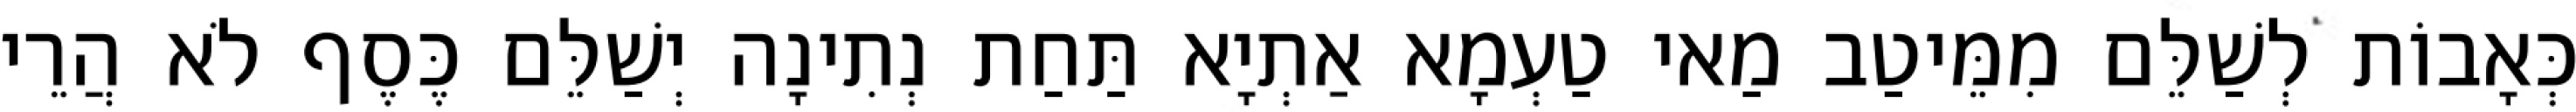
כְּאָבוֹת לְשַׁלֵּם מִמֵּיטַב מַאי טַעְמָא אַתְיָא תַּחַת נְתִינָה יְשַׁלֵּם כֶּסֶף לֹא הֲרֵי